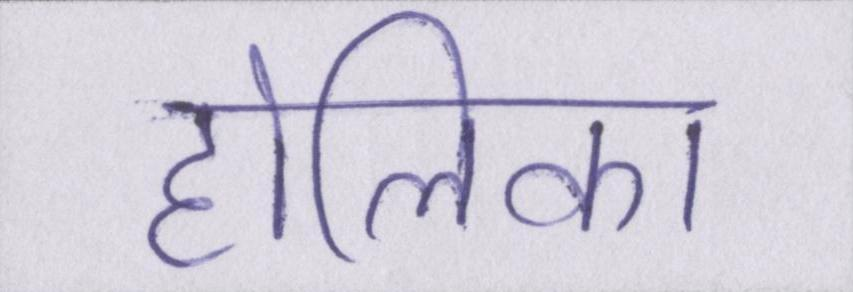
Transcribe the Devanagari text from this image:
होलिका